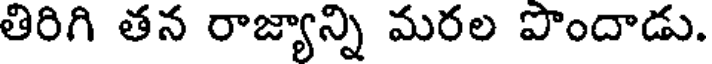
తిరిగి తన రాజ్యాన్ని మరల పొందాడు.